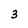
Character: 3